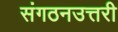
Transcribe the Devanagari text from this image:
संगठनउत्तरी